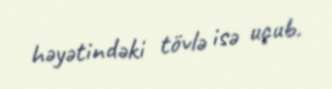
həyətindəki tövlə isə uçub.